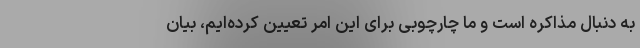
به دنبال مذاکره است و ما چارچوبی برای این امر تعیین کرده‌ایم، بیان